65_HS1-834228961_62-HQ-83894_Section_6
Agency: FBI
Page 100
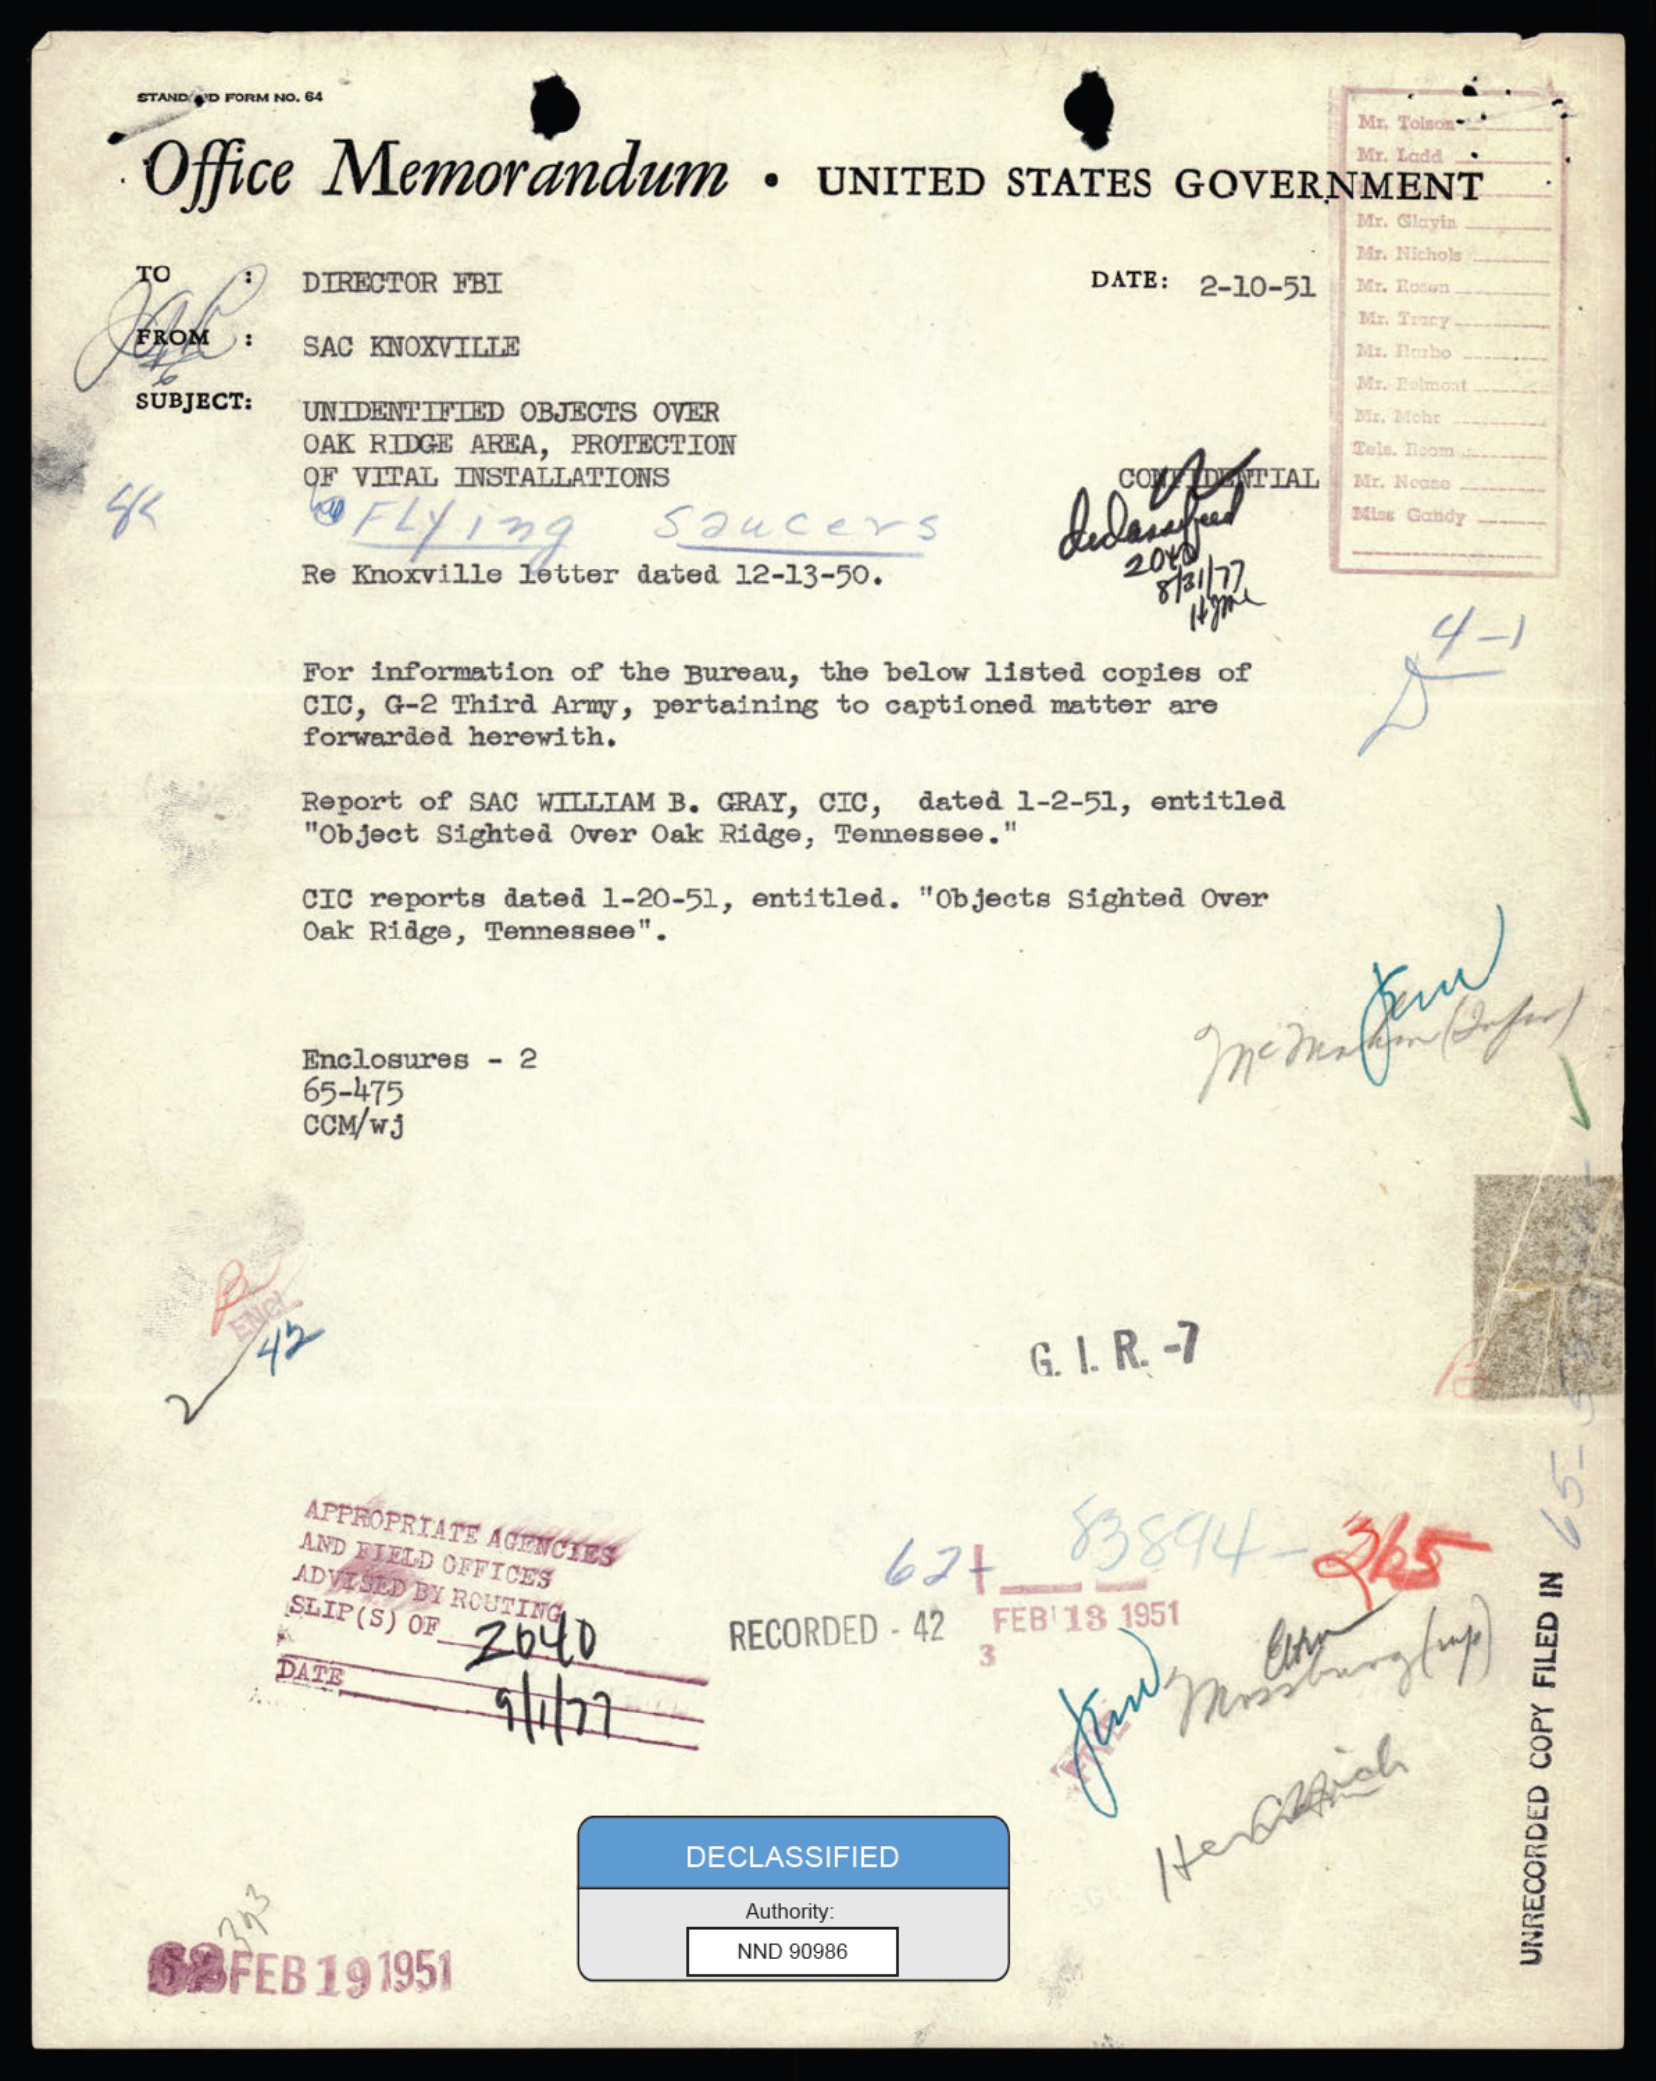